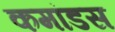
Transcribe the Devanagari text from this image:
कमांडस